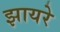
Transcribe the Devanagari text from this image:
झायरे